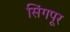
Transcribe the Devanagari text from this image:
सिंगपूर